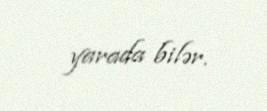
yarada bilər.